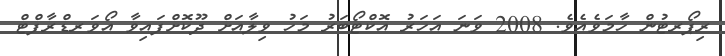
ރިޕޯރޓުން ހާމަވެއެވެ. 2008 ވަނަ އަހަރު އޮކްޓޯބަރު މަހު ވިލާއަށް ދޫކޮށްފައިވާ އޯވަރޑްރާފްޓް